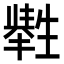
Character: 𤯶